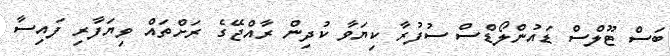
ބަސް ޓޫލްސް ޑައުންލޯޑްސް ސުފުރާ ކިޔަވާ ކުދިން ރާއްޖޭގެ ރަށްތައް ވިޔަފާރި ފައިސާ